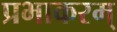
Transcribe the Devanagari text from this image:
प्रभाकरम्